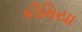
કીમિયા